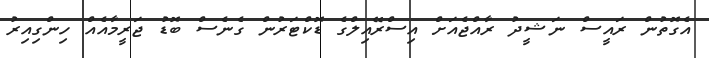
އެގޮތުން ރައީސް ނަޝީދު ރާއްޖެއަށް އިސްރޭއިލްގެ ޑޮކްޓަރުން ގެނެސް ބޮޑު ޖަރީމާއެއް ހިންގިއިރު